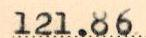
121.86